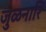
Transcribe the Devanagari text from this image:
जुळनारि